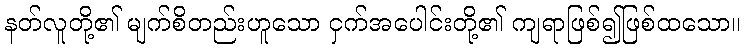
နတ်လူတို့၏ မျက်စိတည်းဟူသော ငှက်အပေါင်းတို့၏ ကျရာဖြစ်၍ဖြစ်ထသော။